Annual report of the Imperial Bacteriologist
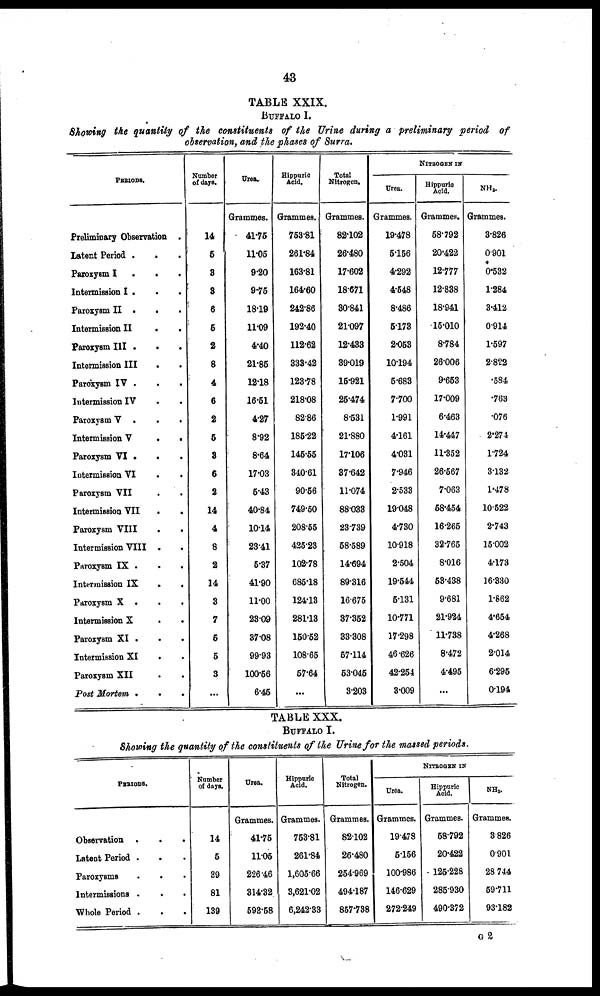
43
TABLE XXIX.
BUFFALO I.
Showing the quantity of the constituents of the Urine during a preliminary period of
observation, and the phases of Surra.
PERIODS
Preliminary Observation .
Latent Period .
.
.
Paroxysm I . . .
Intermission I . . .
Paroxysm II
.
.
.
Intermission II
.
.
Paroxysm III . .
.
Intermission III
. .
Paroxysm IV .
. .
Intermission IV . .
Paroxysm V
.
. .
Intermission V
.
.
Paroxysm VI .
.
.
Intermission VI
. .
Paroxysm VII
.
.
Intermission VII
.
.
Paroxysm VIII
.
.
Intermission VIII
.
.
Paroxysm IX . . .
Intermission IX
.
.
Paroxysm X
.
.
.
Intermission X
.
.
Paroxysm XI . . .
Intermission XI . .
Paroxysm XII
.
.
Post Mortem .
.
.
Number
of days.
14
5
3
3
6
5
2
8
4
6
2
5
3
6
2
14
4
8
2
14
3
7
5
5
3
...
Urea..
Grammes.
41.75
11.05
9.20
9.75
18.19
11.09
4.40
21.85
12.18
16.51
4.27
8.92
8.64
17.03
5.43
40.84
10.14
23.41
5.37
41.90
11.00
23.09
37.08
99.93
100.56
6.45
Hipuric Acid.
Acid.
Grammes.
753.81
261.84
163.81
164.60
242.86
192.40
112.62
333.42
123.78
218.08
82.86
185.22
145.55
340.61
90.56
749.50
208.55
425.23
102.78
685.18
124.13
281.13
150.52
108.65
57.64
...
Total
Nitrogen.
Grammes.
82.102
26.480
17.602
18.671
30.841
21.097
12.433
39.019
15.921
25.474
8.531
21.880
17.106
37.642
11.074
88.033
23.739
58.589
14.694
89.316
16.675
37.352
33.308
57.114
53.045
3.203
Urea.
Grammes.
19.478
5.156
4.292
4.548
8.486
5.173
2.053
10.194
5.683
7.700
1.991
4.161
4.031
7.946
2.533
19.048
4.730
10.918
2.504
19.544
5.131
10.771
17.298
46.626
42.254
3.009
NITROGEN IN
Hippuric
Acid.
Grammes.
58.792
20.422
12.777
12.838
18.941
15.010
8.784
26.006
9.653
17.009
6.463
14.447
11.352
26.567
7.063
58.454
16.265
32.765
8.016
53.438
9.681
21.924
11.738
8.472
4.495
...
NH3.
Grammes.
3.826
0.901
0.532
1.284
3.412
0.914
1.597
2.822
.584
.763
.076
2.274
1.724
3.132
1.478
10.522
2.743
15.002
4.173
16.330
1.862
4.654
4.268
2.014
6.295
0.194
TABLE XXX.
BUFFALO I.
Showing the quantity of the constituents of the Urine for the massed periods.
PERIODS.
Observation .
.
.
Latent Period .
Paroxysms
Intermissions .
.
.
Whole Period .
of days.
14
5
39
81
139
Urea.
Grammes.
41.75
11.05
226.46
314.32
593.58
Hippuric
Acid.
Grammes.
753.81
261.84
1,605.66
3,621.02
6,242.33
Total
Nitrogen.
Grammes.
82.102
26.480
254.969
494.187
857.738
Urea.
Grammes.
19.478
5.156
100.986
146.629
272.249
NITROGEN IN
Hippuric
Grammes.
58.792
20.422
125.228
285.930
490.372
NH3.
Grammes.
3.826
0.901
28.744
59.711
93.182
G2